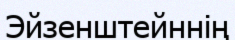
Эйзенштейннің